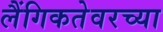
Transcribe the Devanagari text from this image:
लैंगिकतेवरच्या